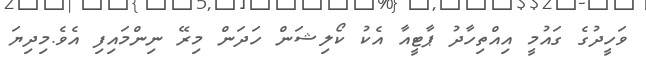
ވަހީދުގެ ގައުމީ އިއްތިހާދު ޕާޓީއާ އެކު ކޯލިޝަން ހަދަން މިރޭ ނިންމައިފި އެވެ.މިދިޔަ